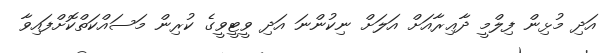
އަދި މުޅިން ފިލްމީ ދާޢިރާއަށް އަލަށް ނިކުންނަ އަދި ވީޓީވީގެ ކުރިން މަސައްކަތްކޮށްފައިވާ